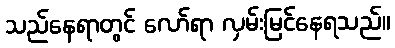
သည်နေရာတွင် လော်ရာ လှမ်းမြင်နေရသည်။